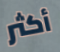
أكثر